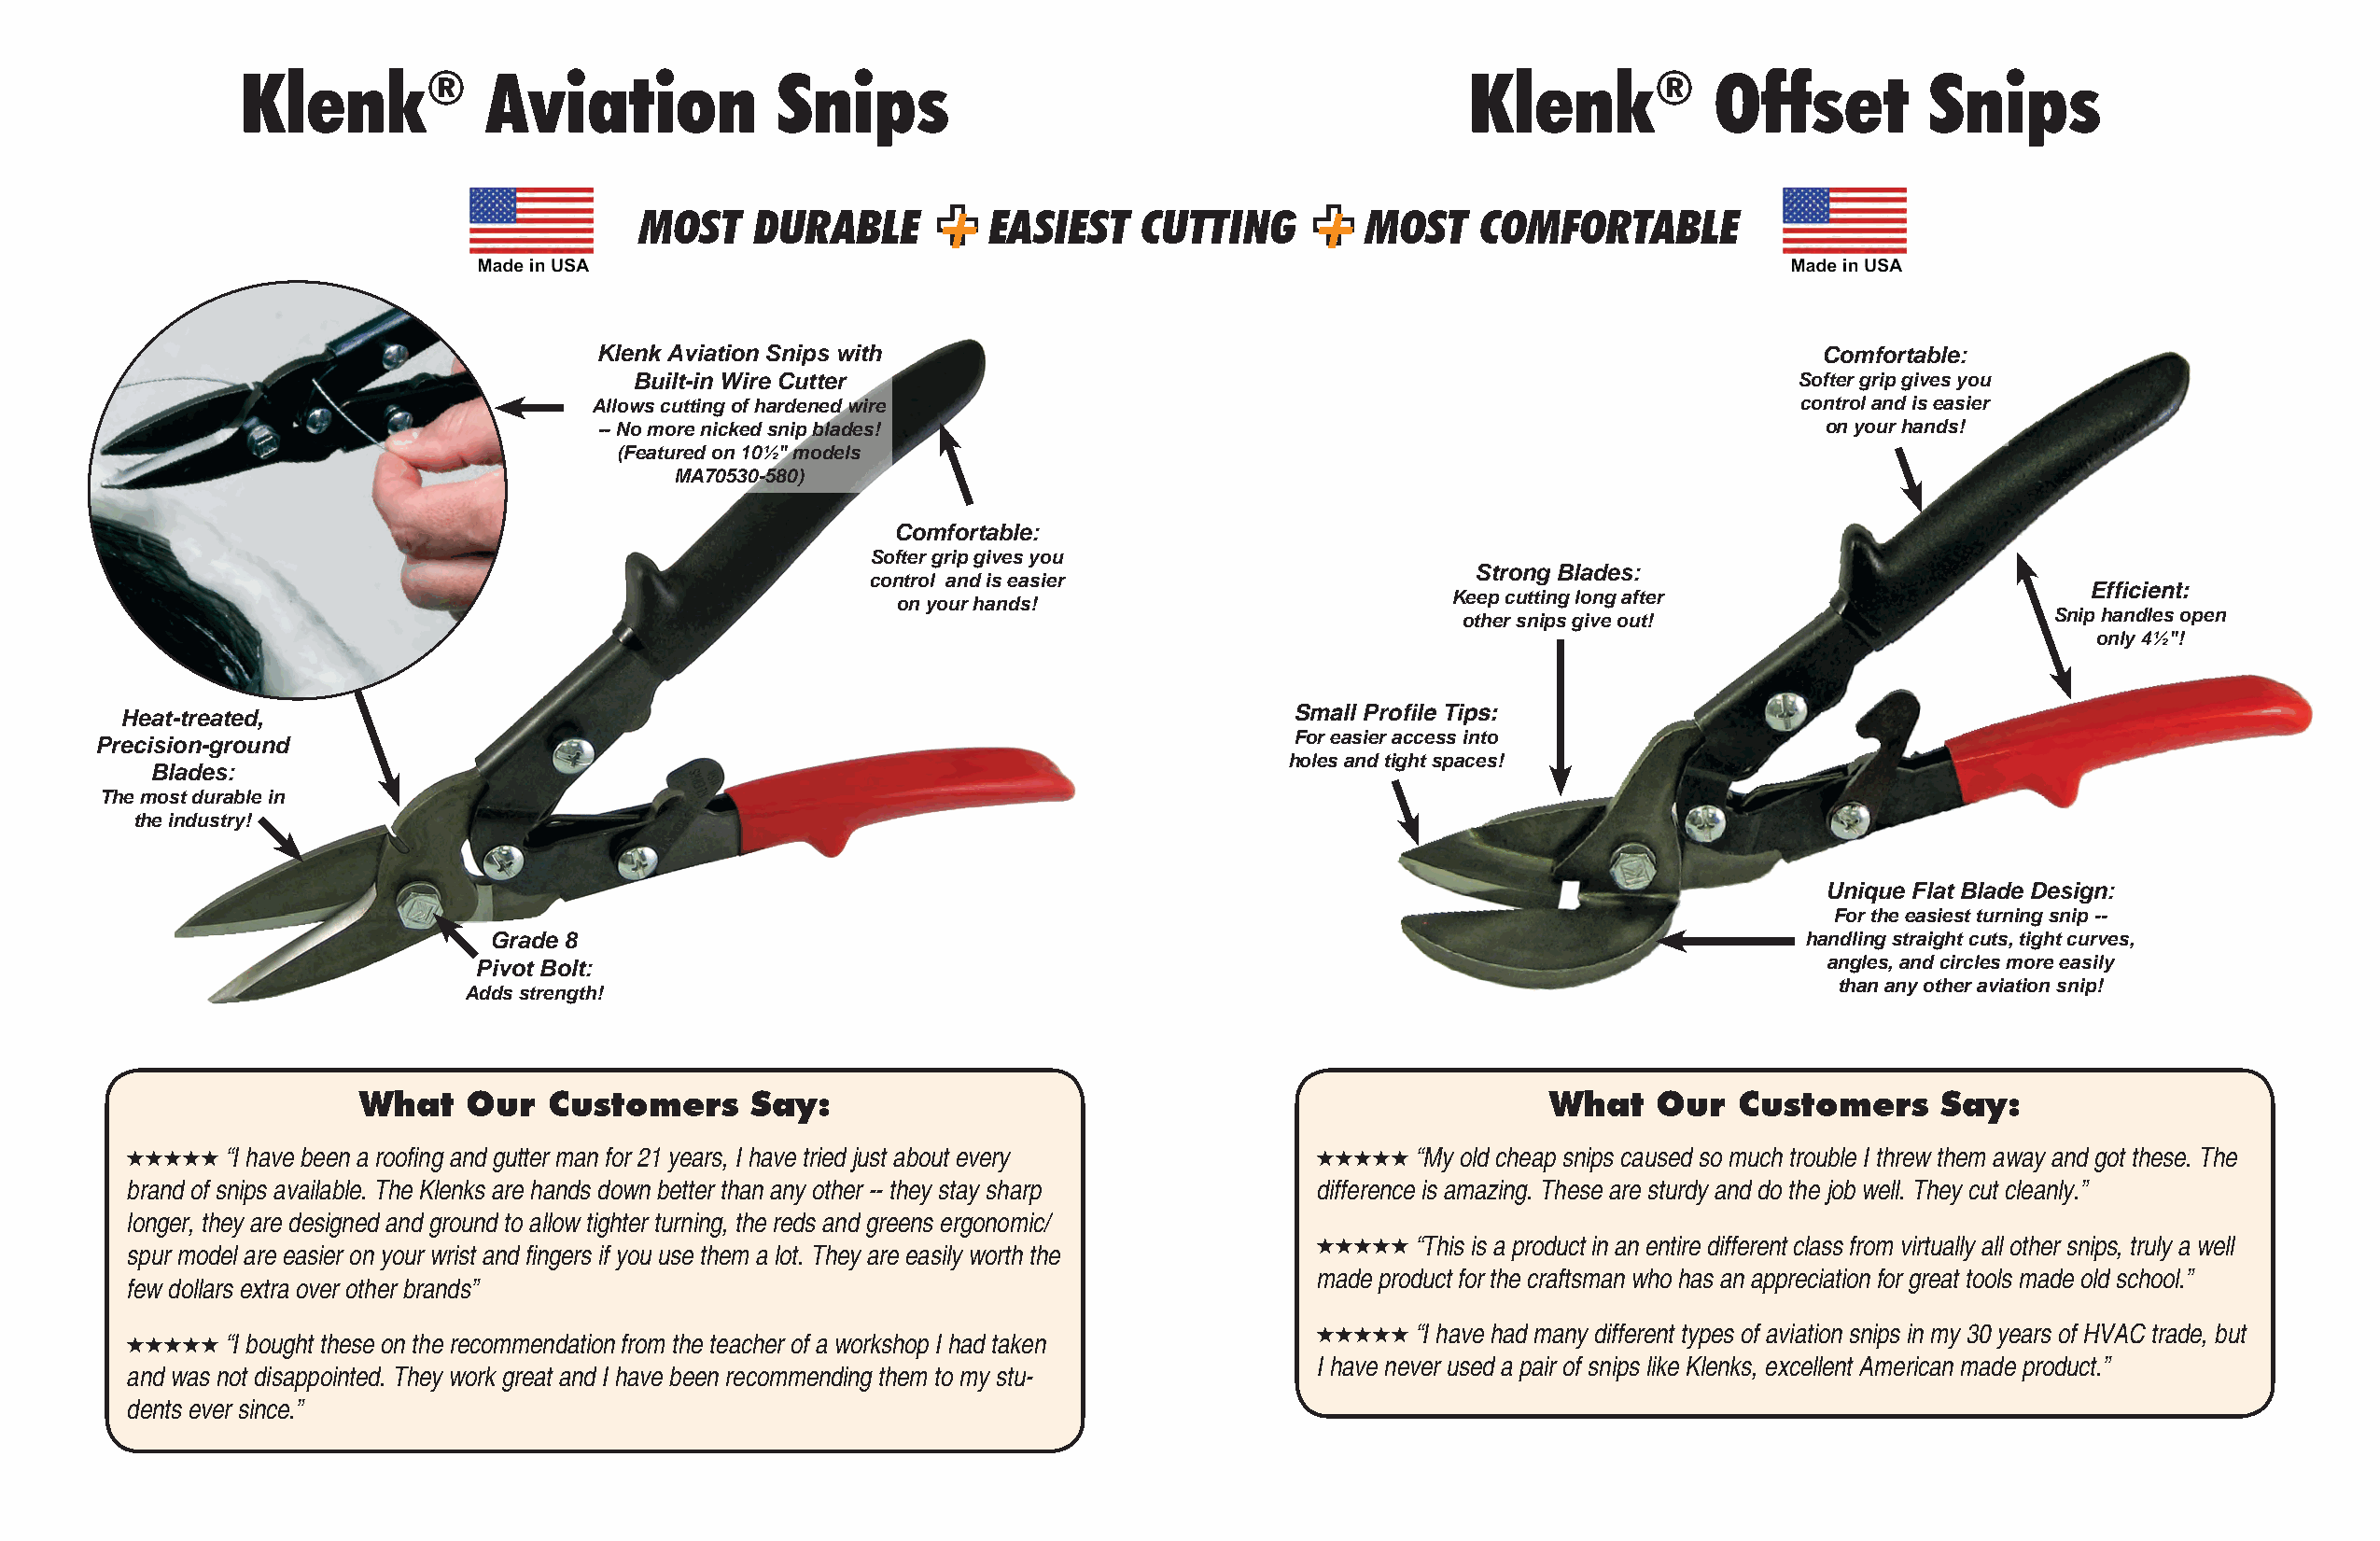
Klenk®           Aviation             Snips                                            Klenk®            Offset         Snips
 +                          +
 MOST    DURABLE          EASIEST    CUTTING         MOST    COMFORTABLE
 Klenk Aviation Snips with                                                              Comfortable:
 Built-in Wire Cutter                                                               Softer grip gives you
 Allows cutting of hardened wire                                                       control and is easier
 -- No more nicked snip blades!                                                         on your hands!
 (Featured on 10½" models
 MA70530-580)
 Comfortable:
 Softer grip gives you
 Strong Blades:
 control and is easier
 Keep cutting long after                      Efficient:
 on your hands!
 other snips give out!                     Snip handles open
 only 4½"!
 Heat-treated,                                                                      Small Profile Tips:
 For easier access into
 Precision-ground
 holes and tight spaces!
 Blades:
 The most durable in
 the industry!
 Unique Flat Blade Design:
 For the easiest turning snip --
 Grade 8                                                                                      handling straight cuts, tight curves,
 Pivot Bolt:                                                                                     angles, and circles more easily
 than any other aviation snip!
 Adds strength!
 What    Our   Customers     Say:                                                     What    Our  Customers      Say:
   “I have been a roofing and gutter man for 21 years, I have tried just about every  “My old cheap snips caused so much trouble I threw them away and got these. The
 brand of snips available. The Klenks are hands down better than any other -- they stay sharp difference is amazing. These are sturdy and do the job well. They cut cleanly.”
 longer, they are designed and ground to allow tighter turning, the reds and greens ergonomic/
   “This is a product in an entire different class from virtually all other snips, truly a well
 spur model are easier on your wrist and fingers if you use them a lot. They are easily worth the
 made product for the craftsman who has an appreciation for great tools made old school.”
 few dollars extra over other brands”
   “I have had many different types of aviation snips in my 30 years of HVAC trade, but
   “I bought these on the recommendation from the teacher of a workshop I had taken
 I have never used a pair of snips like Klenks, excellent American made product.”
 and was not disappointed. They work great and I have been recommending them to my stu-
 dents ever since.”